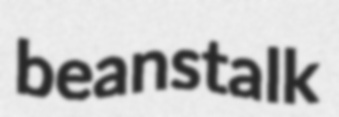
beanstalk